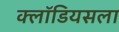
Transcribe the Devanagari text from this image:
क्लॉडियसला